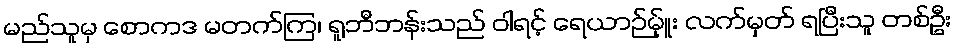
မည်သူမှ စောကဒ မတက်ကြ၊ ရူဘီဘန်းသည် ဝါရင့် ရေယာဉ်မ်ှူး လက်မှတ် ရပြီးသူ တစ်ဦး